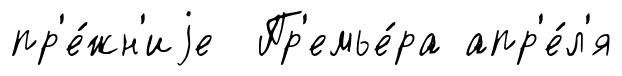
пр'е́жн'иjе Пр'емье́ра апр'е́л'я